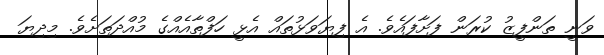
ވަނީ ތަންފީޒު ކުރަން ފަށާފައެވެ. އެ ފިޔަވަޅުތައް އެޅީ ހަފްތާއެއްގެ މުއްދަތަށެވެ. މިދިޔަ